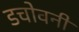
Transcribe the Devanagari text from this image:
डचोवनी